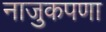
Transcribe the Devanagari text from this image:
नाजुकपणा